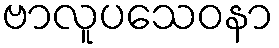
ဗာလူပသေဝနာ